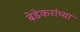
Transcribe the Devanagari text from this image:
बेडेकरांच्या